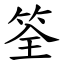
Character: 筌